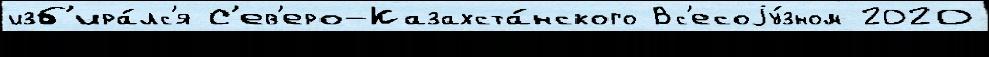
изб'ира́лс'я С'ев'еро-Казахста́нского Вс'есоjу́зном 2020